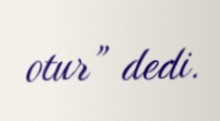
otur” dedi.